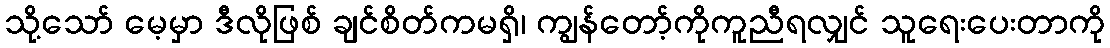
သို့သော် မေ့မှာ ဒီလိုဖြစ် ချင်စိတ်ကမရှိ၊ ကျွန်တော့်ကိုကူညီရလျှင် သူရေးပေးတာကို